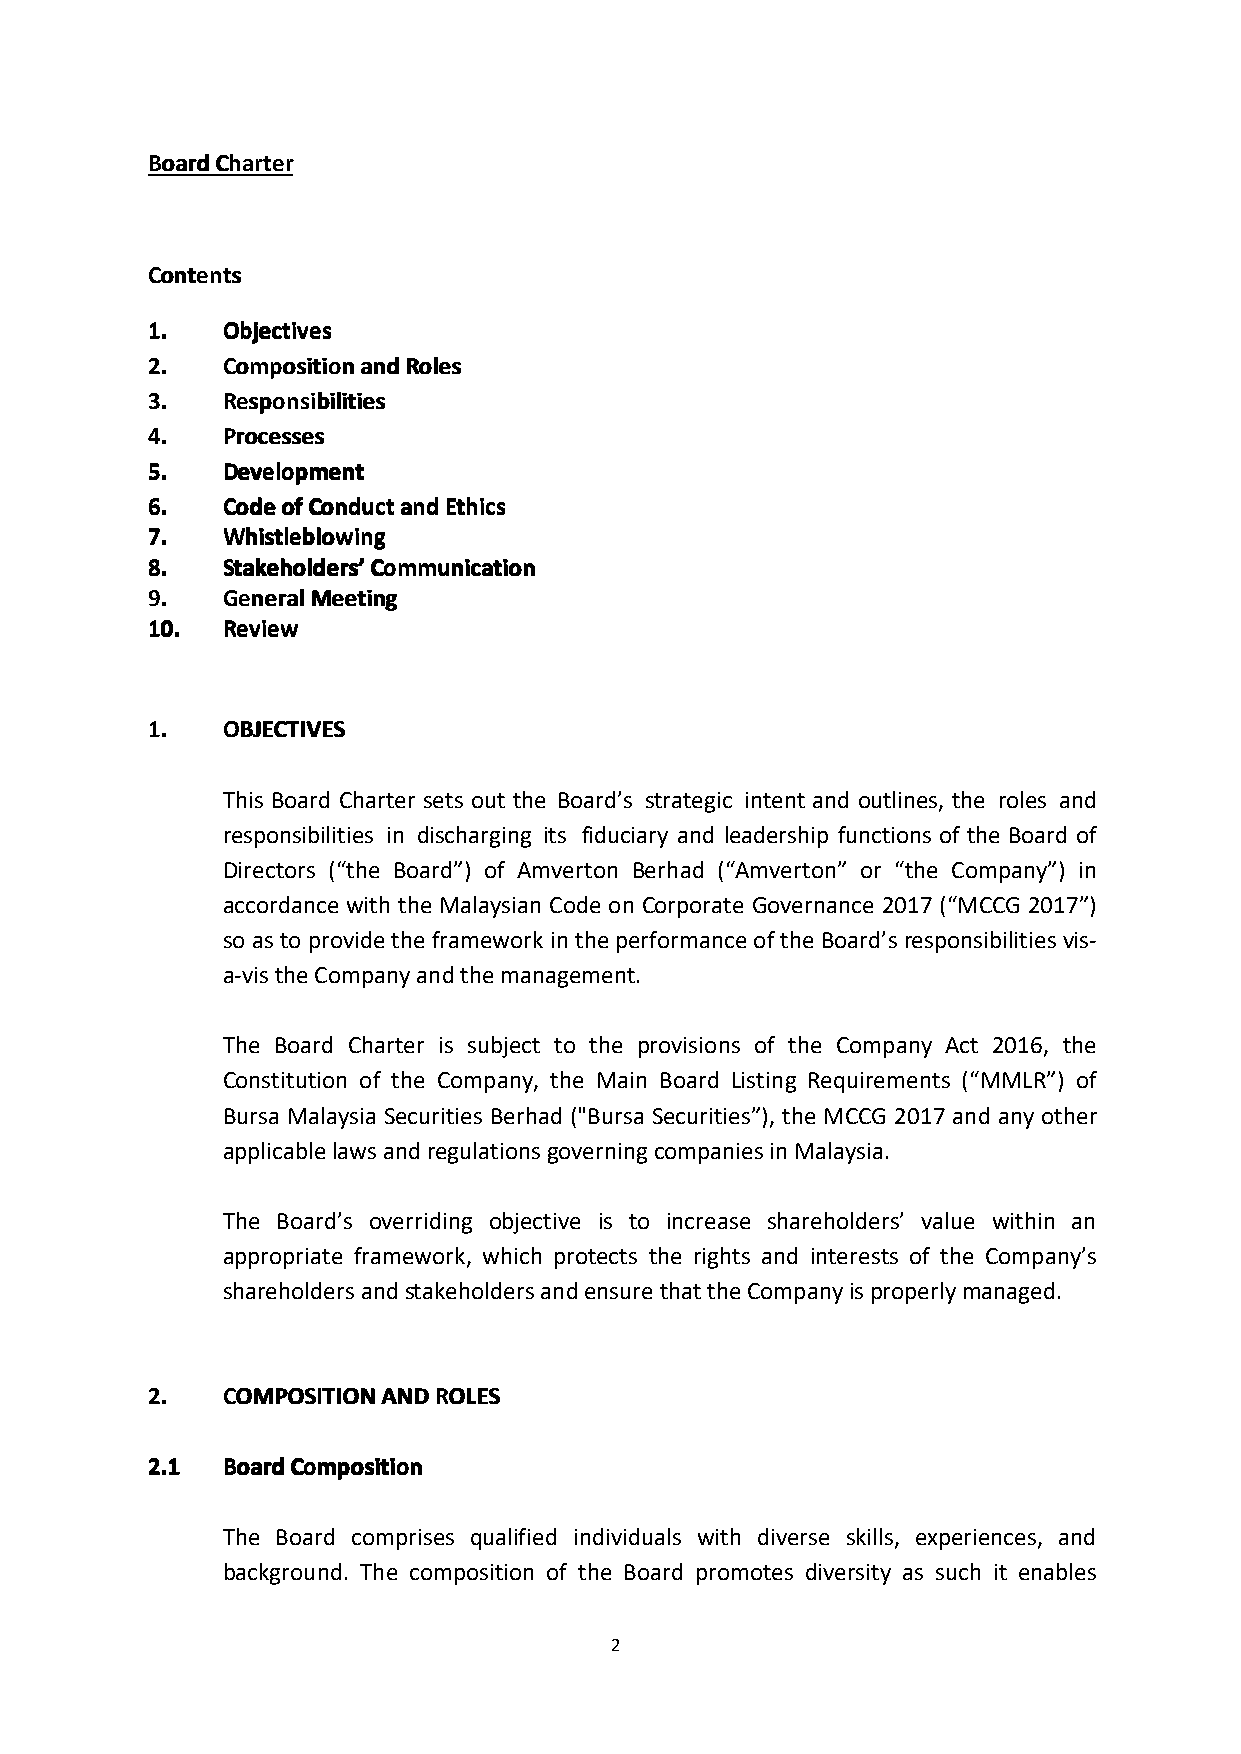
BBBBooooaaaarrrrddddCCCChhhhaaaarrrrtttteeeerrrr
 CCCCoooonnnntttteeeennnnttttssss
 1111.... OOOObbbbjjjjeeeeccccttttiiiivvvveeeessss
 2222.... CCCCoooommmmppppoooossssiiiittttiiiioooonnnnaaaannnnddddRRRRoooolllleeeessss
 3333.... RRRReeeessssppppoooonnnnssssiiiibbbbiiiilllliiiittttiiiieeeessss
 4444.... PPPPrrrroooocccceeeesssssssseeeessss
 5555.... DDDDeeeevvvveeeellllooooppppmmmmeeeennnntttt
 6666.... CCCCooooddddeeeeooooffffCCCCoooonnnndddduuuuccccttttaaaannnnddddEEEEtttthhhhiiiiccccssss
 7777.... WWWWhhhhiiiissssttttlllleeeebbbblllloooowwwwiiiinnnngggg
 8888.... SSSSttttaaaakkkkeeeehhhhoooollllddddeeeerrrrssss’’’’CCCCoooommmmmmmmuuuunnnniiiiccccaaaattttiiiioooonnnn
 9999.... GGGGeeeennnneeeerrrraaaallllMMMMeeeeeeeettttiiiinnnngggg
 11110000.... RRRReeeevvvviiiieeeewwww
 1111.... OOOOBBBBJJJJEEEECCCCTTTTIIIIVVVVEEEESSSS
 This Board Charter sets out the Board’s strategic intent and outlines, the roles and
 responsibilities in discharging its fiduciary and leadership functions of the Board of
 Directors (“the Board”) of Amverton Berhad (“Amverton” or “the Company”) in
 accordance with the Malaysian Code on Corporate Governance 2017 (“MCCG 2017”)
 so astoprovidetheframeworkin the performanceoftheBoard’sresponsibilitiesvis-
 a-vistheCompanyandthemanagement.
 The Board Charter is subject to the provisions of the Company Act 2016, the
 Constitution of the Company, the Main Board Listing Requirements (“MMLR”) of
 Bursa Malaysia Securities Berhad ("Bursa Securities”), the MCCG 2017 and any other
 applicablelawsandregulationsgoverningcompaniesinMalaysia.
 The Board’s overriding objective is to increase shareholders’ value within an
 appropriate framework, which protects the rights and interests of the Company’s
 shareholdersandstakeholdersandensurethattheCompanyisproperlymanaged.
 2222.... CCCCOOOOMMMMPPPPOOOOSSSSIIIITTTTIIIIOOOONNNNAAAANNNNDDDDRRRROOOOLLLLEEEESSSS
 2222....1111 BBBBooooaaaarrrrddddCCCCoooommmmppppoooossssiiiittttiiiioooonnnn
 The Board comprises qualified individuals with diverse skills, experiences, and
 background. The composition of the Board promotes diversity as such it enables
 2